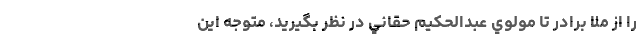
را از ملا برادر تا مولوي عبدالحكيم حقاني در نظر بگيريد، متوجه اين